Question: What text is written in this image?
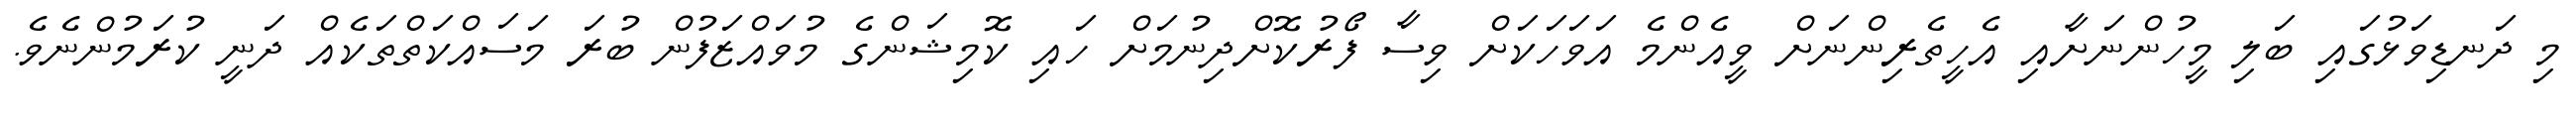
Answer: މި ދަނޑިވަޅުގައި ބަލި މީހުންނަށާއި އެހީތެރިންނަށް ވީއެންމެ އަވަހަކަށް ވިސާ ފޯރުކޮށްދިނުމަށް ހައި ކޮމިޝަންގެ މުވައްޒަފުން ބުރަ މަސައްކަތްތަކެއް ދަނީ ކުރަމުންނެވެ.